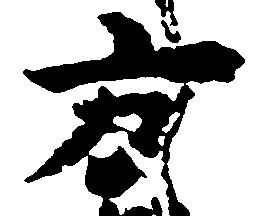
方